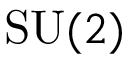
{ \mathrm { S U } } ( 2 )